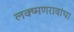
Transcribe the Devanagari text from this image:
लक्ष्मणरावांचा